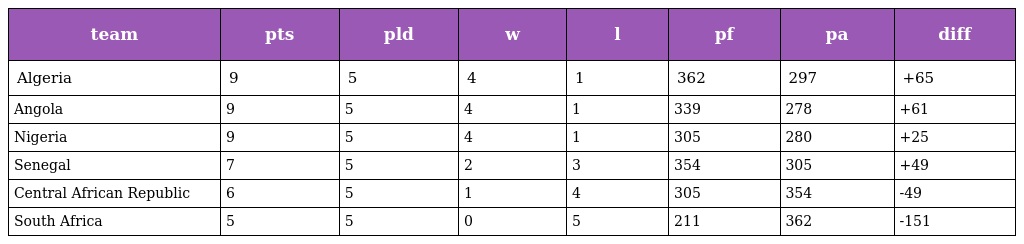
| team | pts | pld | w | l | pf | pa | diff |
 | --- | --- | --- | --- | --- | --- | --- | --- |
 | Algeria | 9 | 5 | 4 | 1 | 362 | 297 | +65 |
 | Angola | 9 | 5 | 4 | 1 | 339 | 278 | +61 |
 | Nigeria | 9 | 5 | 4 | 1 | 305 | 280 | +25 |
 | Senegal | 7 | 5 | 2 | 3 | 354 | 305 | +49 |
 | Central African Republic | 6 | 5 | 1 | 4 | 305 | 354 | -49 |
 | South Africa | 5 | 5 | 0 | 5 | 211 | 362 | -151 |